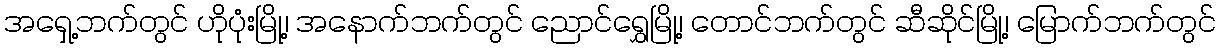
အရှေ့ဘက်တွင် ဟိုပုံးမြို့၊ အနောက်ဘက်တွင် ညောင်ရွှေမြို့၊ တောင်ဘက်တွင် ဆီဆိုင်မြို့၊ မြောက်ဘက်တွင်